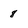
Character: 8